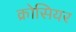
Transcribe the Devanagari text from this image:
क्रोसियर